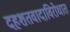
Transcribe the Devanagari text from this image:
दहशतवादाविरोधात